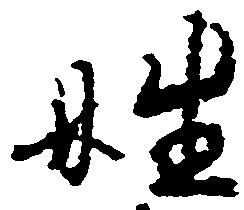
姓